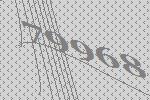
79968